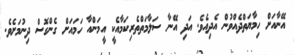
އޭނާއަށް ހިމާޔަތްދެއްވުން އެދިއެވެ. އަދި އޭނާ ސަލާމަތްތެރިކަމާއެކީ އީމަންއާ ހަމައަށް ގެންގޮސް ދިނުމަށެވެ.